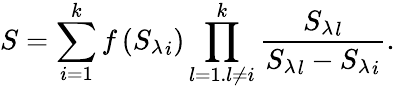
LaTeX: S=\sum_{i=1}^{k}{f\left({{{S}_{\lambda}}_{i}}\right)\prod_{l=1.l\ne i}^{k}{\frac{{{{S}_{\lambda}}_{l}}}{{{{{S}_{\lambda}}_{l}}}-{{{S}_{\lambda}}_{i}}}}}.